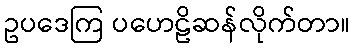
ဥပဒေကြ ပဟေဠိဆန်လိုက်တာ။